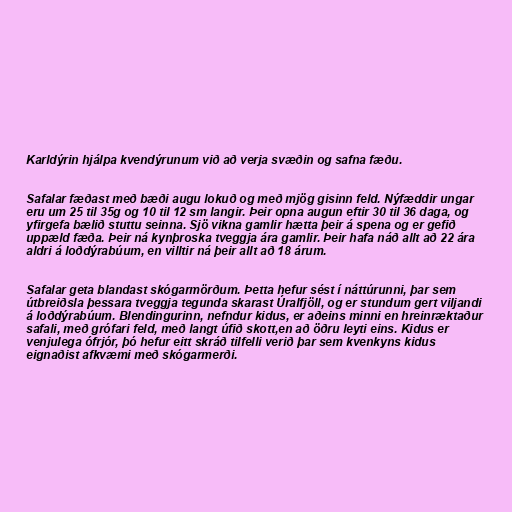
Karldýrin hjálpa kvendýrunum við að verja svæðin og safna fæðu.

Safalar fæðast með bæði augu lokuð og með mjög gisinn feld. Nýfæddir ungar
eru um 25 til 35g og 10 til 12 sm langir. Þeir opna augun eftir 30 til 36 daga, og
yfirgefa bælið stuttu seinna. Sjö vikna gamlir hætta þeir á spena og er gefið
uppæld fæða. Þeir ná kynþroska tveggja ára gamlir. Þeir hafa náð allt að 22 ára
aldri á loðdýrabúum, en villtir ná þeir allt að 18 árum.

Safalar geta blandast skógarmörðum. Þetta hefur sést í náttúrunni, þar sem
útbreiðsla þessara tveggja tegunda skarast Úralfjöll, og er stundum gert viljandi
á loðdýrabúum. Blendingurinn, nefndur kidus, er aðeins minni en hreinræktaður
safali, með grófari feld, með langt úfið skott,en að öðru leyti eins. Kidus er
venjulega ófrjór, þó hefur eitt skráð tilfelli verið þar sem kvenkyns kidus
eignaðist afkvæmi með skógarmerði.